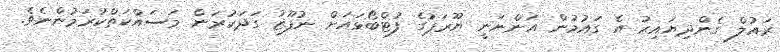
ރައުލް ގެންދިޔައިރު އެ ގައުމުން އަންނަނީ ޔޫރަޕުގެ ފުޓްބޯޅައަށް ނުފޫޒު ގަދަކުރަން މަސައްކަތްކުރަމުންނެވެ.